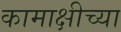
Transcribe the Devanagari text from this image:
कामाक्षीच्या